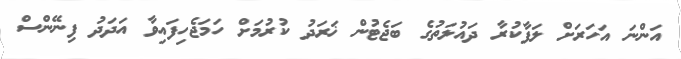
އަންނަ އަހަރަށް ލަފާކުރާ ދައުލަތުގެ ބަޖެޓުން ޚަރަދު ކުރުމަށް ހަމަޖެހިފައިވާ އަދަދު ފިނޭންސް